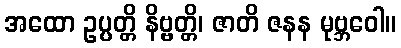
အထော ဥပ္ပတ္တိ နိဗ္ဗတ္တိ၊ ဇာတိ ဇနန မုဗ္ဘဝေါ။